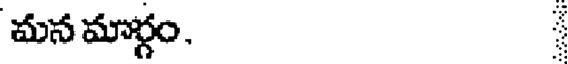
మనమార్గం,